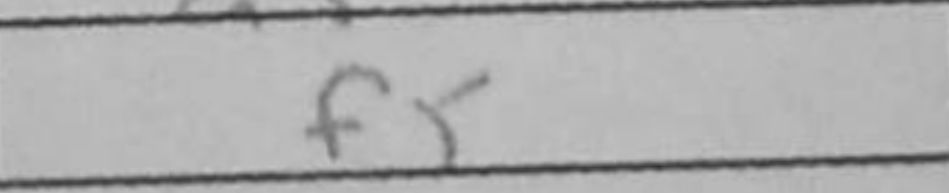
Transcription: f5